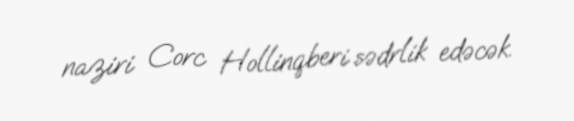
naziri Corc Hollinqberi sədrlik edəcək.